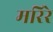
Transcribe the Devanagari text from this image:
मरिरे